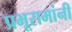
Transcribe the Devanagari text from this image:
प्रभूरामांनी